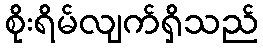
စိုးရိမ်လျက်ရှိသည်